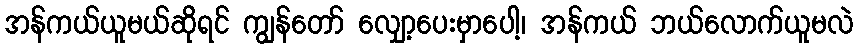
အန်ကယ်ယူမယ်ဆိုရင် ကျွန်တော် လျှော့ပေးမှာပေါ့၊ အန်ကယ် ဘယ်လောက်ယူမလဲ